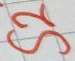
Text: S2